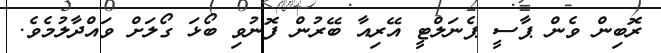
ރޮބިން ވެން ޕާސީ ޕެނަލްޓީ އޭރިއާ ބޭރުން ފޮނުވި ބޯޅަ ގޯލަށް ވައްދާލުމެވެ.